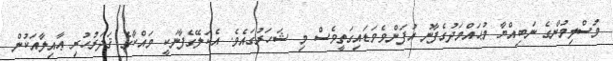
މުސްލިމުންގެ ނަބިއްޔާ މުޙައްމަދުގެފާނު އުފަންވެވަޑައިގަތީވެސް މި ޝަހަރުގައެވެ. އެކަލޭގެފާނަކީ މައްކާގެ ޤަދަރުހުރި ޢާއިލާއަކުން